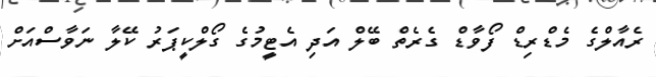
ރެއާލްގެ މެޑްރިޑް ފޯވާޑް ގެރެތް ބޭލް އަދި އެޓީމުގެ ގޯލްކީޕަރު ކޭލާ ނަވާސްއަށް